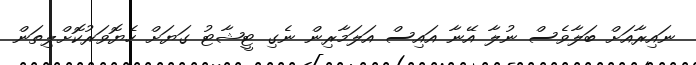
ނައިރާއަށް ބަލާވެސް ނުލާ އޭނާ އައިސް އަލަމާރިން ނެގި ޓީޝާޓު ގަޔަށް ހެޔޮވަރުކޮށްލިތަން